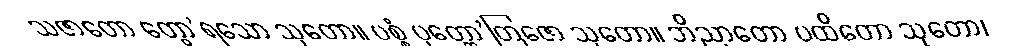
သဇာတော တွော’ရသော သုတော။ ပစ္စံ ပုတ္တော’တြဇော သုတော။ ဘိညာတော ပထိတော သုတော၊